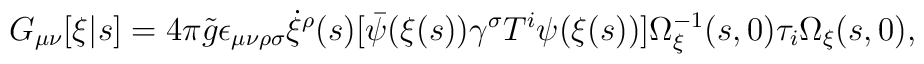
G_{\mu\nu}[\xi|s] = 4\pi {\tilde g} \epsilon_{\mu\nu\rho\sigma}   \dot{\xi}^\rho(s) [{\bar \psi}(\xi(s)) \gamma^\sigma T^i \psi(\xi(s))]   \Omega_\xi^{-1}(s,0) \tau_i \Omega_\xi(s,0) ,